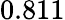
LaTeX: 0.811